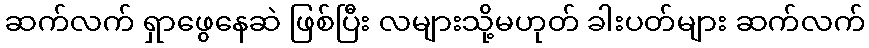
ဆက်လက် ရှာဖွေနေဆဲ ဖြစ်ပြီး လများသို့မဟုတ် ခါးပတ်များ ဆက်လက်